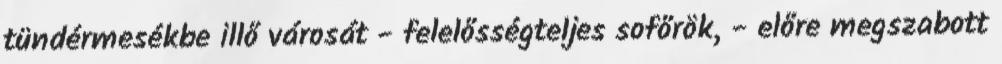
tündérmesékbe illő városát - felelősségteljes sofőrök, - előre megszabott